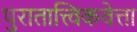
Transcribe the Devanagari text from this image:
पुरातात्त्विकवेत्ता